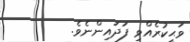
ވަޙީކުރެއްވި ފަދައިންނެވެ.